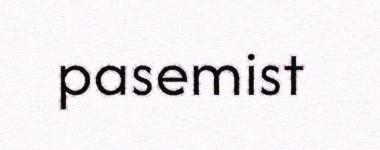
pasemist